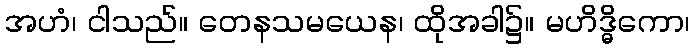
အဟံ၊ ငါသည်။ တေနသမယေန၊ ထိုအခါ၌။ မဟိဒ္ဓိကော၊